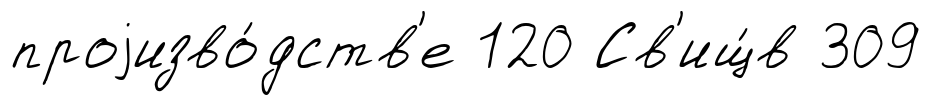
проjизво́дств'е 120 Св'ищ́в 309